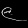
Digit: ၉